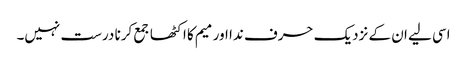
اسی لیے ان کے نزدیک حرف ندا اور میم کا اکٹھا جمع کرنا درست نہیں۔